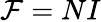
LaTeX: {\mathcal{F}}=NI